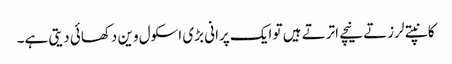
کانپتے لرزتے نیچے اترتے ہیں تو ایک پرانی بڑی اسکول وین دکھائی دیتی ہے۔